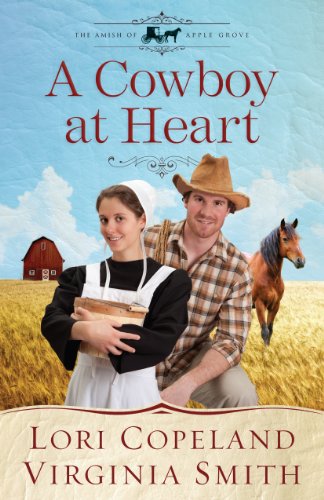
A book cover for A Cowboy at Heart (The Amish of Apple Grove); Lori Copeland; Christian Books & Bibles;